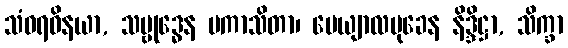
သံဝရဝိနယာ, သမ္ဗုဒ္ဓေန ပကာသိတာ၊ ပေယျာလမုခေန နိဒ္ဒိဋ္ဌာ, သိက္ခာ